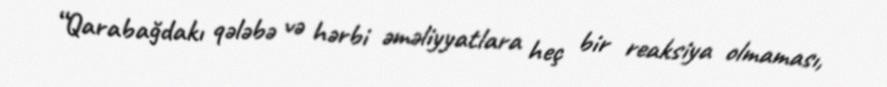
“Qarabağdakı qələbə və hərbi əməliyyatlara heç bir reaksiya olmaması,